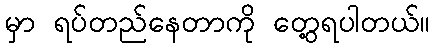
မှာ ရပ်တည်နေတာကို တွေ့ရပါတယ်။